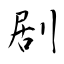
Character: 剧